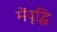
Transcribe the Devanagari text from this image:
मेंवृद्धि